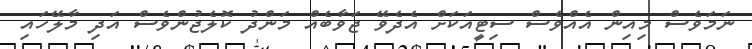
ނަމަވެސް މިއިން އެއްވެސް ސިޓީއަކަށް އެދެވޭ ޖަވާބެއް މަންދު ކޮލެޖުންވެސް އަދި މާލޭހައި